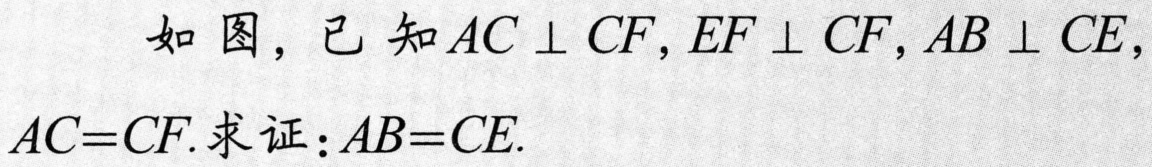
如图，已知\(AC\perp CF\)，\(EF\perp CF\)，\(AB\perp CE\)，\(AC = CF\). 求证：\(AB = CE\).